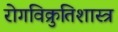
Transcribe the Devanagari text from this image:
रोगविक्रुतिशास्त्र